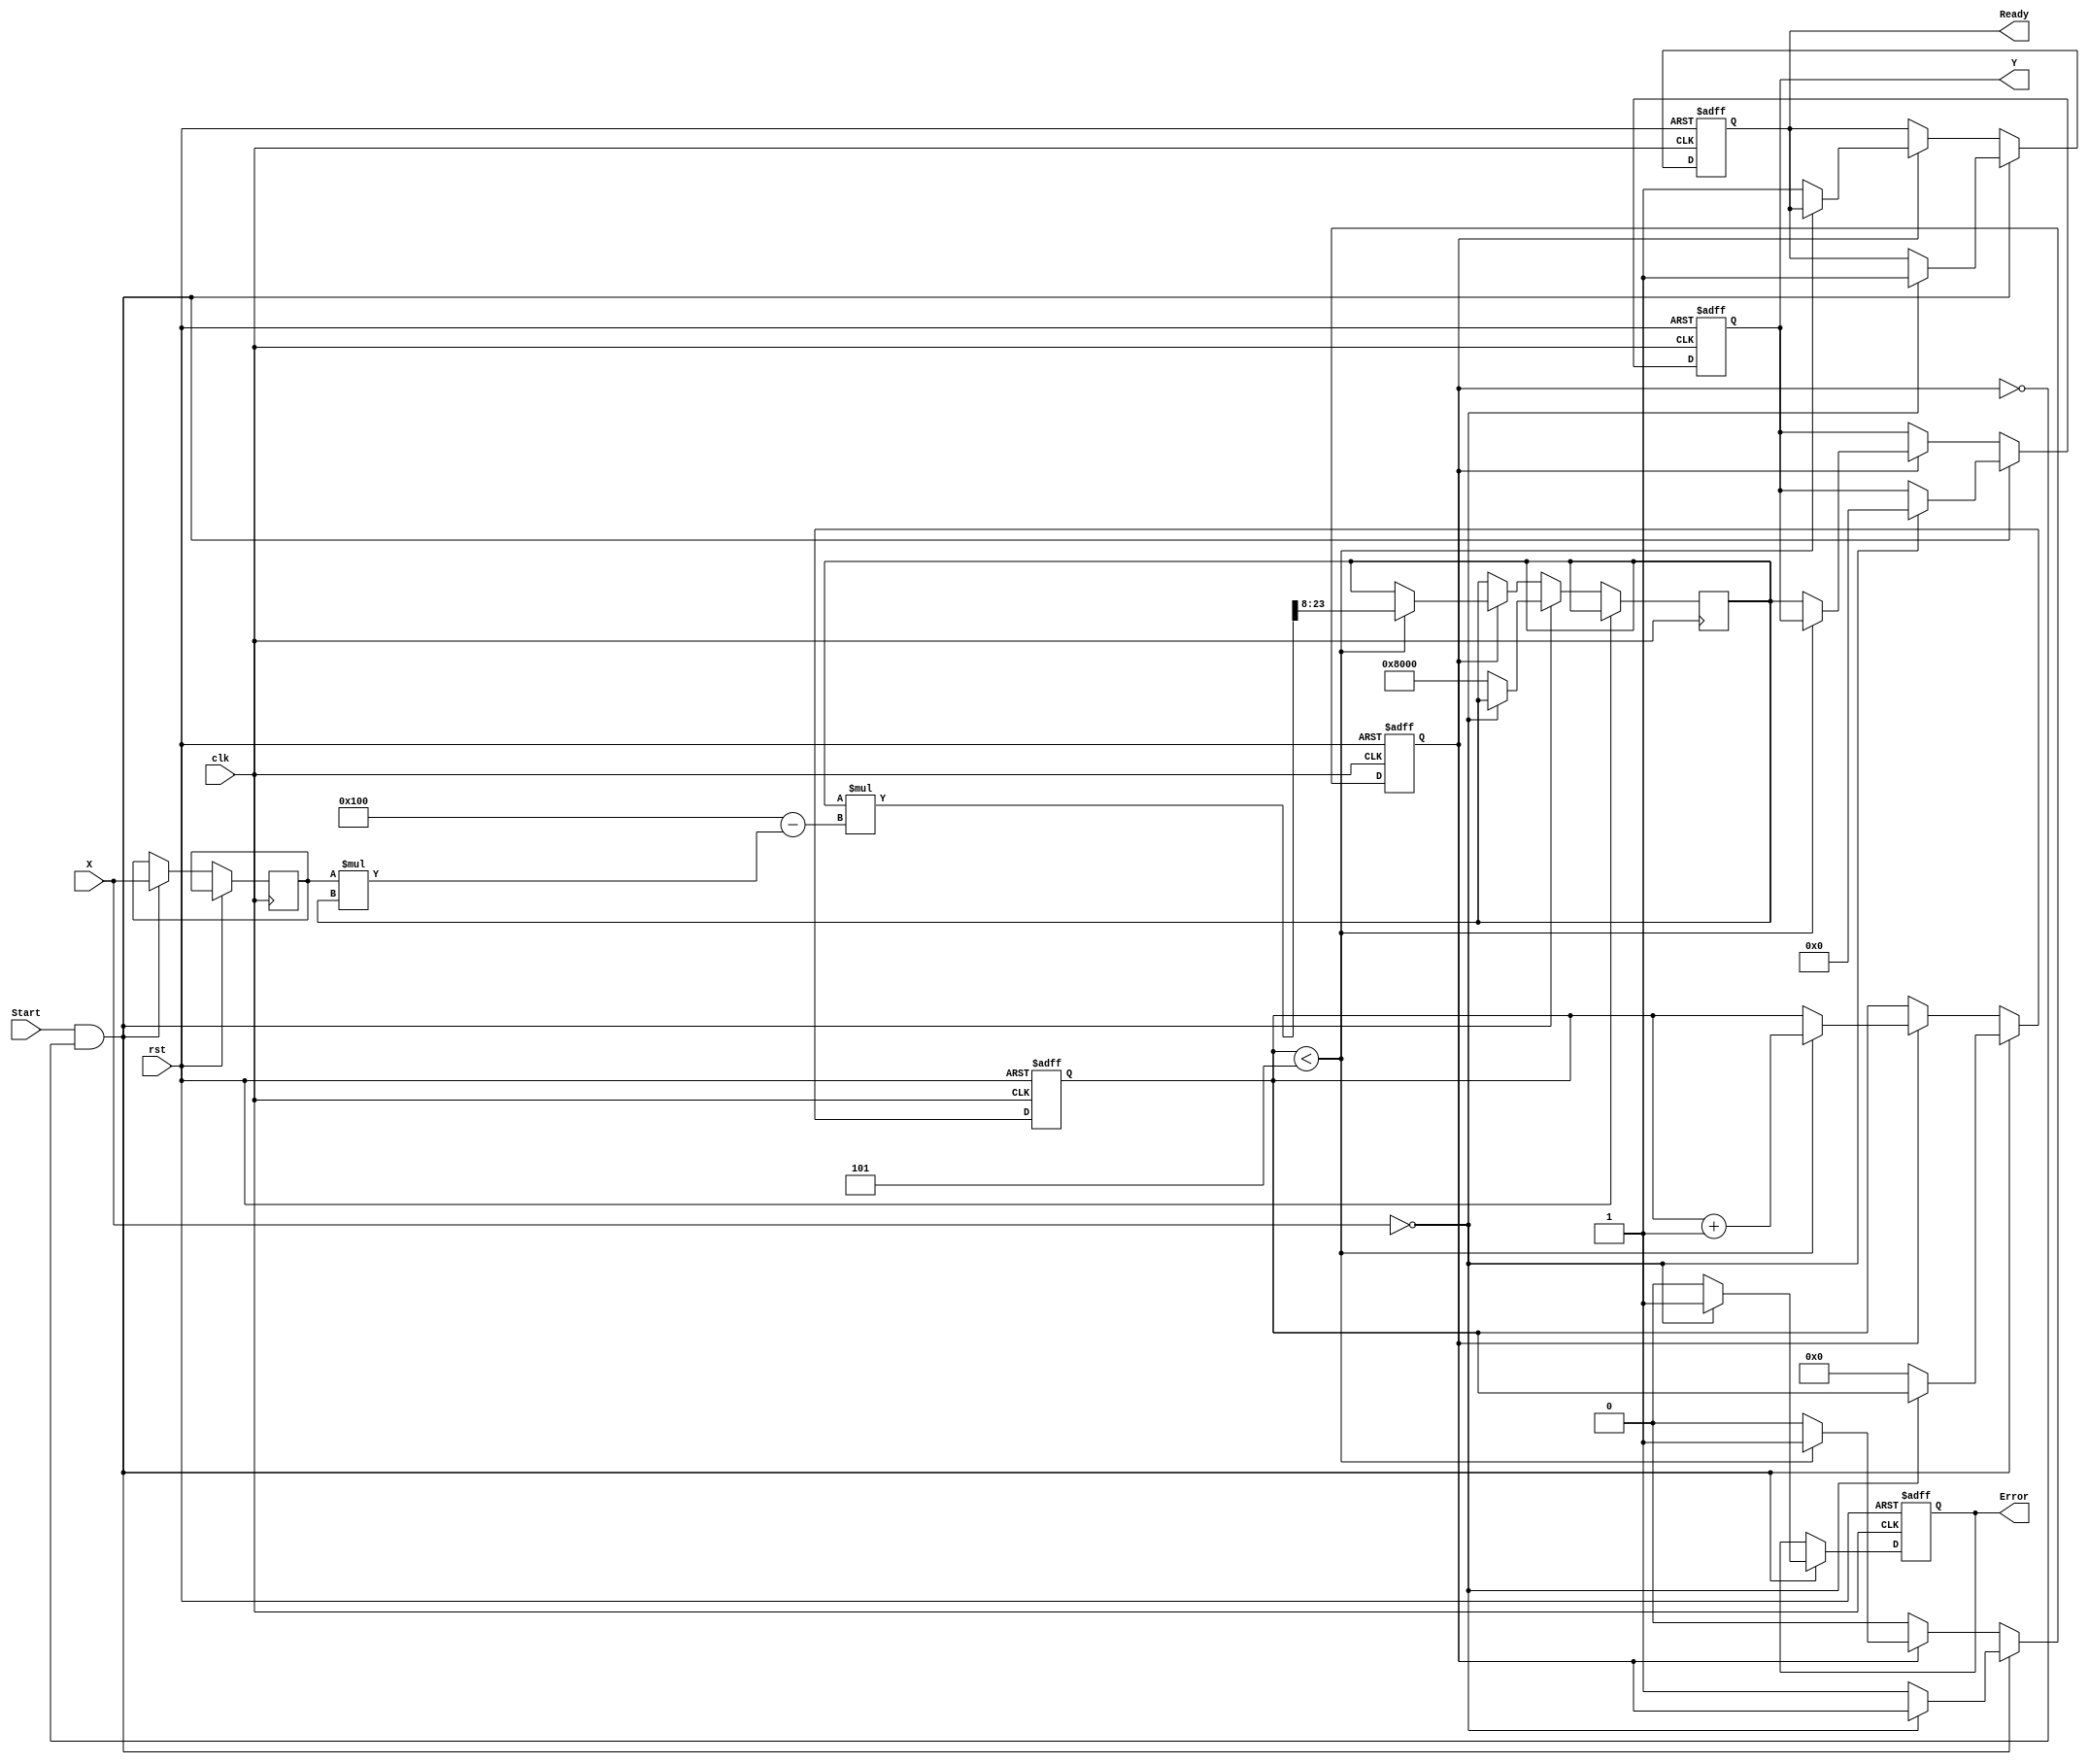
module FixedPointReciprocal #(
    parameter N = 16,            // Input width
    parameter M = 16,            // Output width
    parameter FRACTIONAL_BITS = 8 // Number of fractional bits
)(
    input  wire [N-1:0] X,       // Input fixed-point number
    input  wire Start,            // Start signal
    input  wire clk,              // Clock signal
    input  wire rst,              // Reset signal
    output reg [M-1:0] Y,         // Output fixed-point reciprocal
    output reg Ready,             // Ready signal
    output reg Error              // Error signal (division by zero)
);

    // Internal parameters
    localparam MAX_ITERATIONS = 5; // Maximum iterations for Newton-Raphson
    localparam FIXED_POINT_SCALE = (1 << FRACTIONAL_BITS); // Scale factor

    // State variables
    reg [N-1:0] x_reg;
    reg [M-1:0] approx;            // Current approximation of reciprocal
    reg [3:0] iteration_count;      // Iteration counter
    reg calculating;                // Flag for calculation in progress

    // Initial values
    initial begin
        Y = 0;
        Ready = 0;
        Error = 0;
        calculating = 0;
        iteration_count = 0;
    end

    always @(posedge clk or posedge rst) begin
        if (rst) begin
            Y <= 0;
            Ready <= 0;
            Error <= 0;
            calculating <= 0;
            iteration_count <= 0;
        end else if (Start && !calculating) begin
            // Start the calculation
            x_reg <= X;
            if (X == 0) begin
                // Handle division by zero
                Y <= 0; // Or any predefined value
                Error <= 1;
                Ready <= 1;
            end else begin
                // Initialize for Newton-Raphson
                approx <= (1 << (M - 1)); // Initial guess (1.0 in fixed-point)
                iteration_count <= 0;
                calculating <= 1;
                Error <= 0;
            end
        end else if (calculating) begin
            // Perform Newton-Raphson iteration
            if (iteration_count < MAX_ITERATIONS) begin
                approx <= approx * (FIXED_POINT_SCALE - x_reg * approx) >> FRACTIONAL_BITS; // Update approximation
                iteration_count <= iteration_count + 1;
            end else begin
                // Finished iterations
                Y <= approx;
                Ready <= 1;
                calculating <= 0;
            end
        end
    end

endmodule